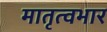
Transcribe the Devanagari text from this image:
मातृत्वभार